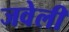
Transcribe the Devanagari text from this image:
जवेली